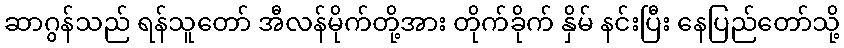
ဆာဂွန်သည် ရန်သူတော် အီလန်မိုက်တို့အား တိုက်ခိုက် နှိမ် နင်းပြီး နေပြည်တော်သို့